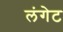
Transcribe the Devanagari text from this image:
लंगेट